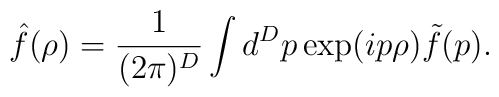
{\hat f}(\rho)=\frac{1}{(2\pi)^D}\int d^Dp\exp(ip\rho){\tilde f}(p).